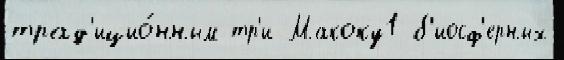
трад'ицио́нным тр'и Макоку1 б'иосф'ерных